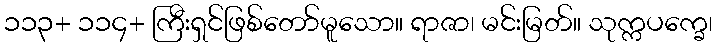
၁၁၃+ ၁၁၄+ ကြီးရှင်ဖြစ်တော်မူသော။ ရာဇာ၊ မင်းမြတ်။ သုက္ကပက္ခေ၊